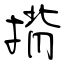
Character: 揹